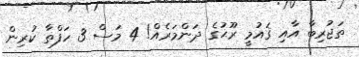
ތަޖުރިބާ އާއި ޤައުމީ ރޫޙުގެ ދަންމަރެއް! 4 މަސް 3 ހަފްތާ ކުރިން